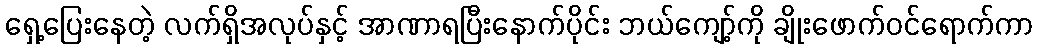
ရှေ့ပြေးနေတဲ့ လက်ရှိအလုပ်နှင့် အာဏာရပြီးနောက်ပိုင်း ဘယ်ကျော့်ကို ချိုးဖောက်ဝင်ရောက်ကာ